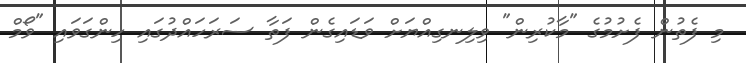
މި ފެތުން ފެށުމުގެ "މާކުރިން" ވިލިނގިއްޔަށް ވަޑައިގެން ފަތާ ސަރަހައްދުގައި ހިންގަވައި "ވޯމް